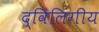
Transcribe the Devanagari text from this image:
द्विलिंगीय